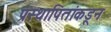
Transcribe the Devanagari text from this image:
प्रस्थापितांकडून